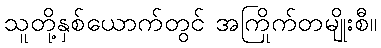
သူတို့နှစ်ယောက်တွင် အကြိုက်တမျိုးစီ။